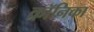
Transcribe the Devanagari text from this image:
क्रॉनिका